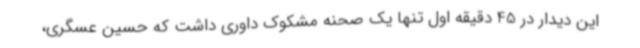
این دیدار در 45 دقیقه اول تنها یک صحنه مشکوک داوری داشت که حسین عسگری،